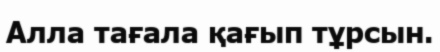
Алла тағала қағып тұрсын.